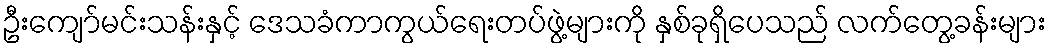
ဦးကျော်မင်းသန်းနှင့် ဒေသခံကာကွယ်ရေးတပ်ဖွဲ့များကို နှစ်ခုရှိပေသည် လက်တွေ့ခန်းများ